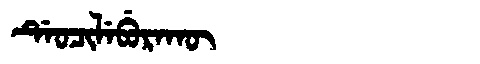
Manchu: ᡩᡝᠣᠴᡳᠯᡝᠪᡠᡵᠠᡴᡡ
Romanization: DEOCILEBURAKŪ